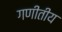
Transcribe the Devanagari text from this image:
गणीतीय